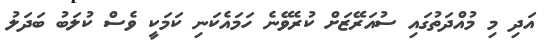
އަދި މި މުއްދަތުގައި ސުއަރޭޒަށް ކުރެވޭނެ ހަމައެކަނި ކަމަކީ ވެސް ކުލަބު ބަދަލު